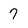
Character: 7